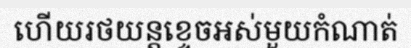
ហើយរថយន្តខ្ទេចអស់មួយកំណាត់